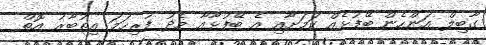
ގާބިލް އަންހެން ބޭފުޅެއް ކަމަށާއި އެ ބޭފުޅާއާ މެދު ފުރިހަމަ އިތުބާރު އޮތް